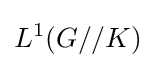
L^{1}(G//K)